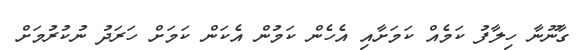
ގާނޫނާ ހިލާފު ކަމެއް ކަމަށާއި އެހެން ކަމުން އެކަން ކަމަށް ހަރަދު ނުކުރުމަށް